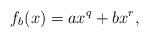
LaTeX: \begin{align*}f_b(x) = ax^q+bx^r ,\end{align*}